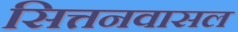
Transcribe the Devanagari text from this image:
सित्तनवासल